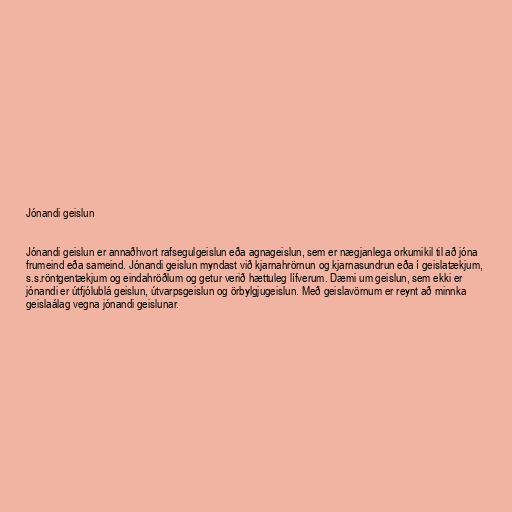
Jónandi geislun

Jónandi geislun er annaðhvort rafsegulgeislun eða agnageislun, sem er nægjanlega orkumikil til að jóna
frumeind eða sameind. Jónandi geislun myndast við kjarnahrörnun og kjarnasundrun eða í geislatækjum,
s.s.röntgentækjum og eindahröðlum og getur verið hættuleg lífverum. Dæmi um geislun, sem ekki er
jónandi er útfjólublá geislun, útvarpsgeislun og örbylgjugeislun. Með geislavörnum er reynt að minnka
geislaálag vegna jónandi geislunar.